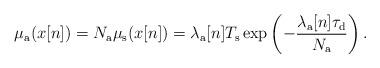
LaTeX: \begin{align*}\mu_{\rm a}(x[n])= N_{\rm a}\mu_{\rm s} (x[n])={\lambda_\mathrm{a}[n]T_{\rm s}} \exp\left(-\frac{\lambda_\mathrm{a}[n]\tau_{\rm d}}{N_{\rm a}}\right).\end{align*}